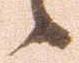
候